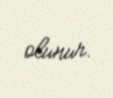
olunur.